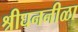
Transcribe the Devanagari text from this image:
श्रीघननीळा